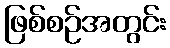
ဖြစ်စဉ်အတွင်း